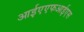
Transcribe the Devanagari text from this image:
आईएएफआईएस